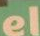
ام